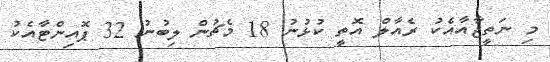
މި ނަތީޖާއާއެކު ރެއާލް އޮތީ ކުޅުނު 18 މެޗުން ލިބުނު 32 ޕޮއިންޓާއެކު